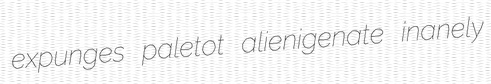
expunges paletot alienigenate inanely